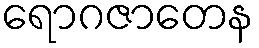
ရောဂဇာတေန